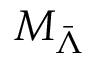
M _ { \bar { \Lambda } }